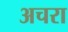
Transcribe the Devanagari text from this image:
अचरा